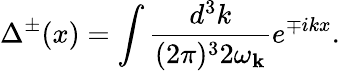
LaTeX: \Delta^{\pm}(x)=\int\frac{d^{3}k}{(2\pi)^{3}2\omega_{{\mathbf k}}}e^{\mp ikx}.